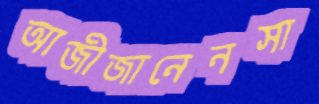
আজীজানেনসা